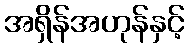
အရှိန်အဟုန်နှင့်